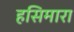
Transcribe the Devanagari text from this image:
हसिमारा